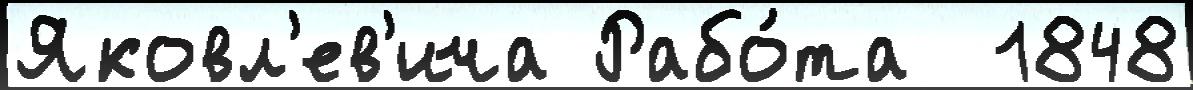
Яковл'ев'ича Рабо́та  1848